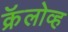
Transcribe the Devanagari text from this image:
क्रॅलोव्ह